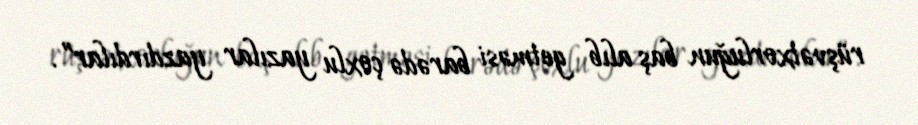
rüşvətxorluğun baş alıb getməsi barədə çoxlu yazılar yazdırdılar”.